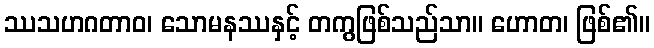
ဿသဟဂတာဝ၊ သောမနဿနှင့် တကွဖြစ်သည်သာ။ ဟောတ၊ ဖြစ်၏။